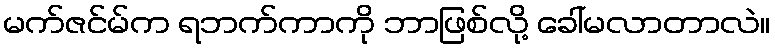
မက်ဇင်မ်က ရဘက်ကာကို ဘာဖြစ်လို့ ခေါ်မလာတာလဲ။